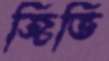
জিভি